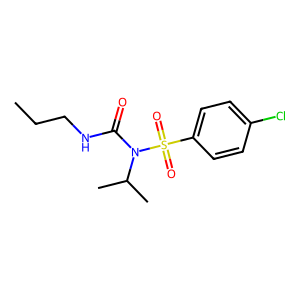
SMILES: CCCNC(=O)N(C(C)C)S(=O)(=O)c1ccc(Cl)cc1
Inhibits HIV replication: No